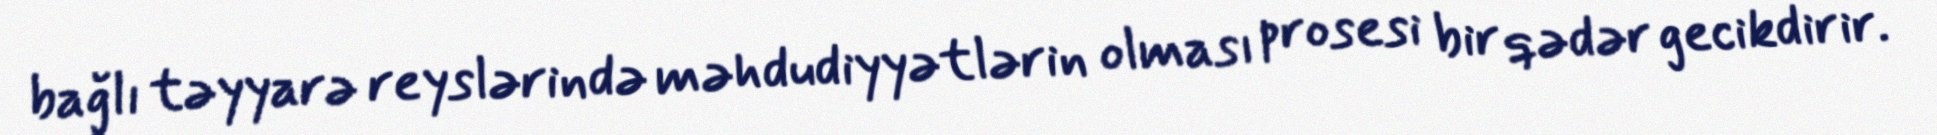
bağlı təyyarə reyslərində məhdudiyyətlərin olması prosesi bir qədər gecikdirir.